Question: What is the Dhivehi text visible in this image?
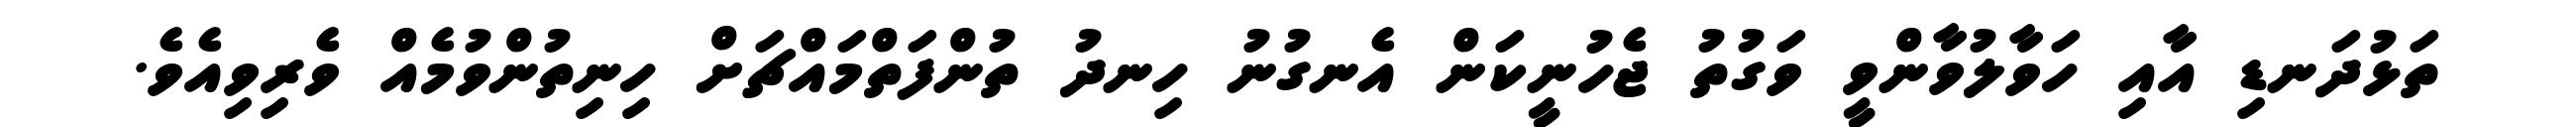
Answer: ތަޅުދަނޑި އާއި ހަވާލުވާންވީ ވަގުތު ޖެހުނީކަން އެނގުނު ހިނދު ތުންފަތްމައްޗަށް ހިނިތުންވުމެއް ވެރިވިއެވެ.